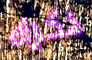
ذكرك